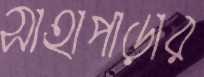
সাহাপাড়ার